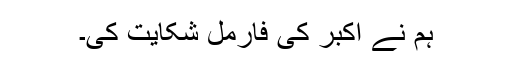
ہم نے اکبر کی فارمل شکایت کی۔